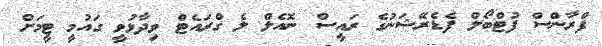
ފްރާންސް ފުޓްބޯލް ފެޑެރޭޝަނުގެ ރައީސް ނޮއެލް ލެ ގްރައެޓް ވިދާޅުވީ ގައުމީ ޓީމަށް